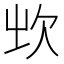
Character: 𣢑